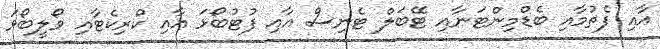
އާއި ފެތުމާއި ބެޑްމިންޓަނާއި ޓޭބަލް ޓެނިސް އާއި ފުޓުބޯޅަ އާއި ކްރިކެޓާއި ވޯލީބޯޅަ